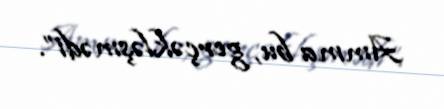
Amma bu, gerçəkləşmədi”.